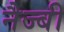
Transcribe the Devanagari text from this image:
नैज्बी